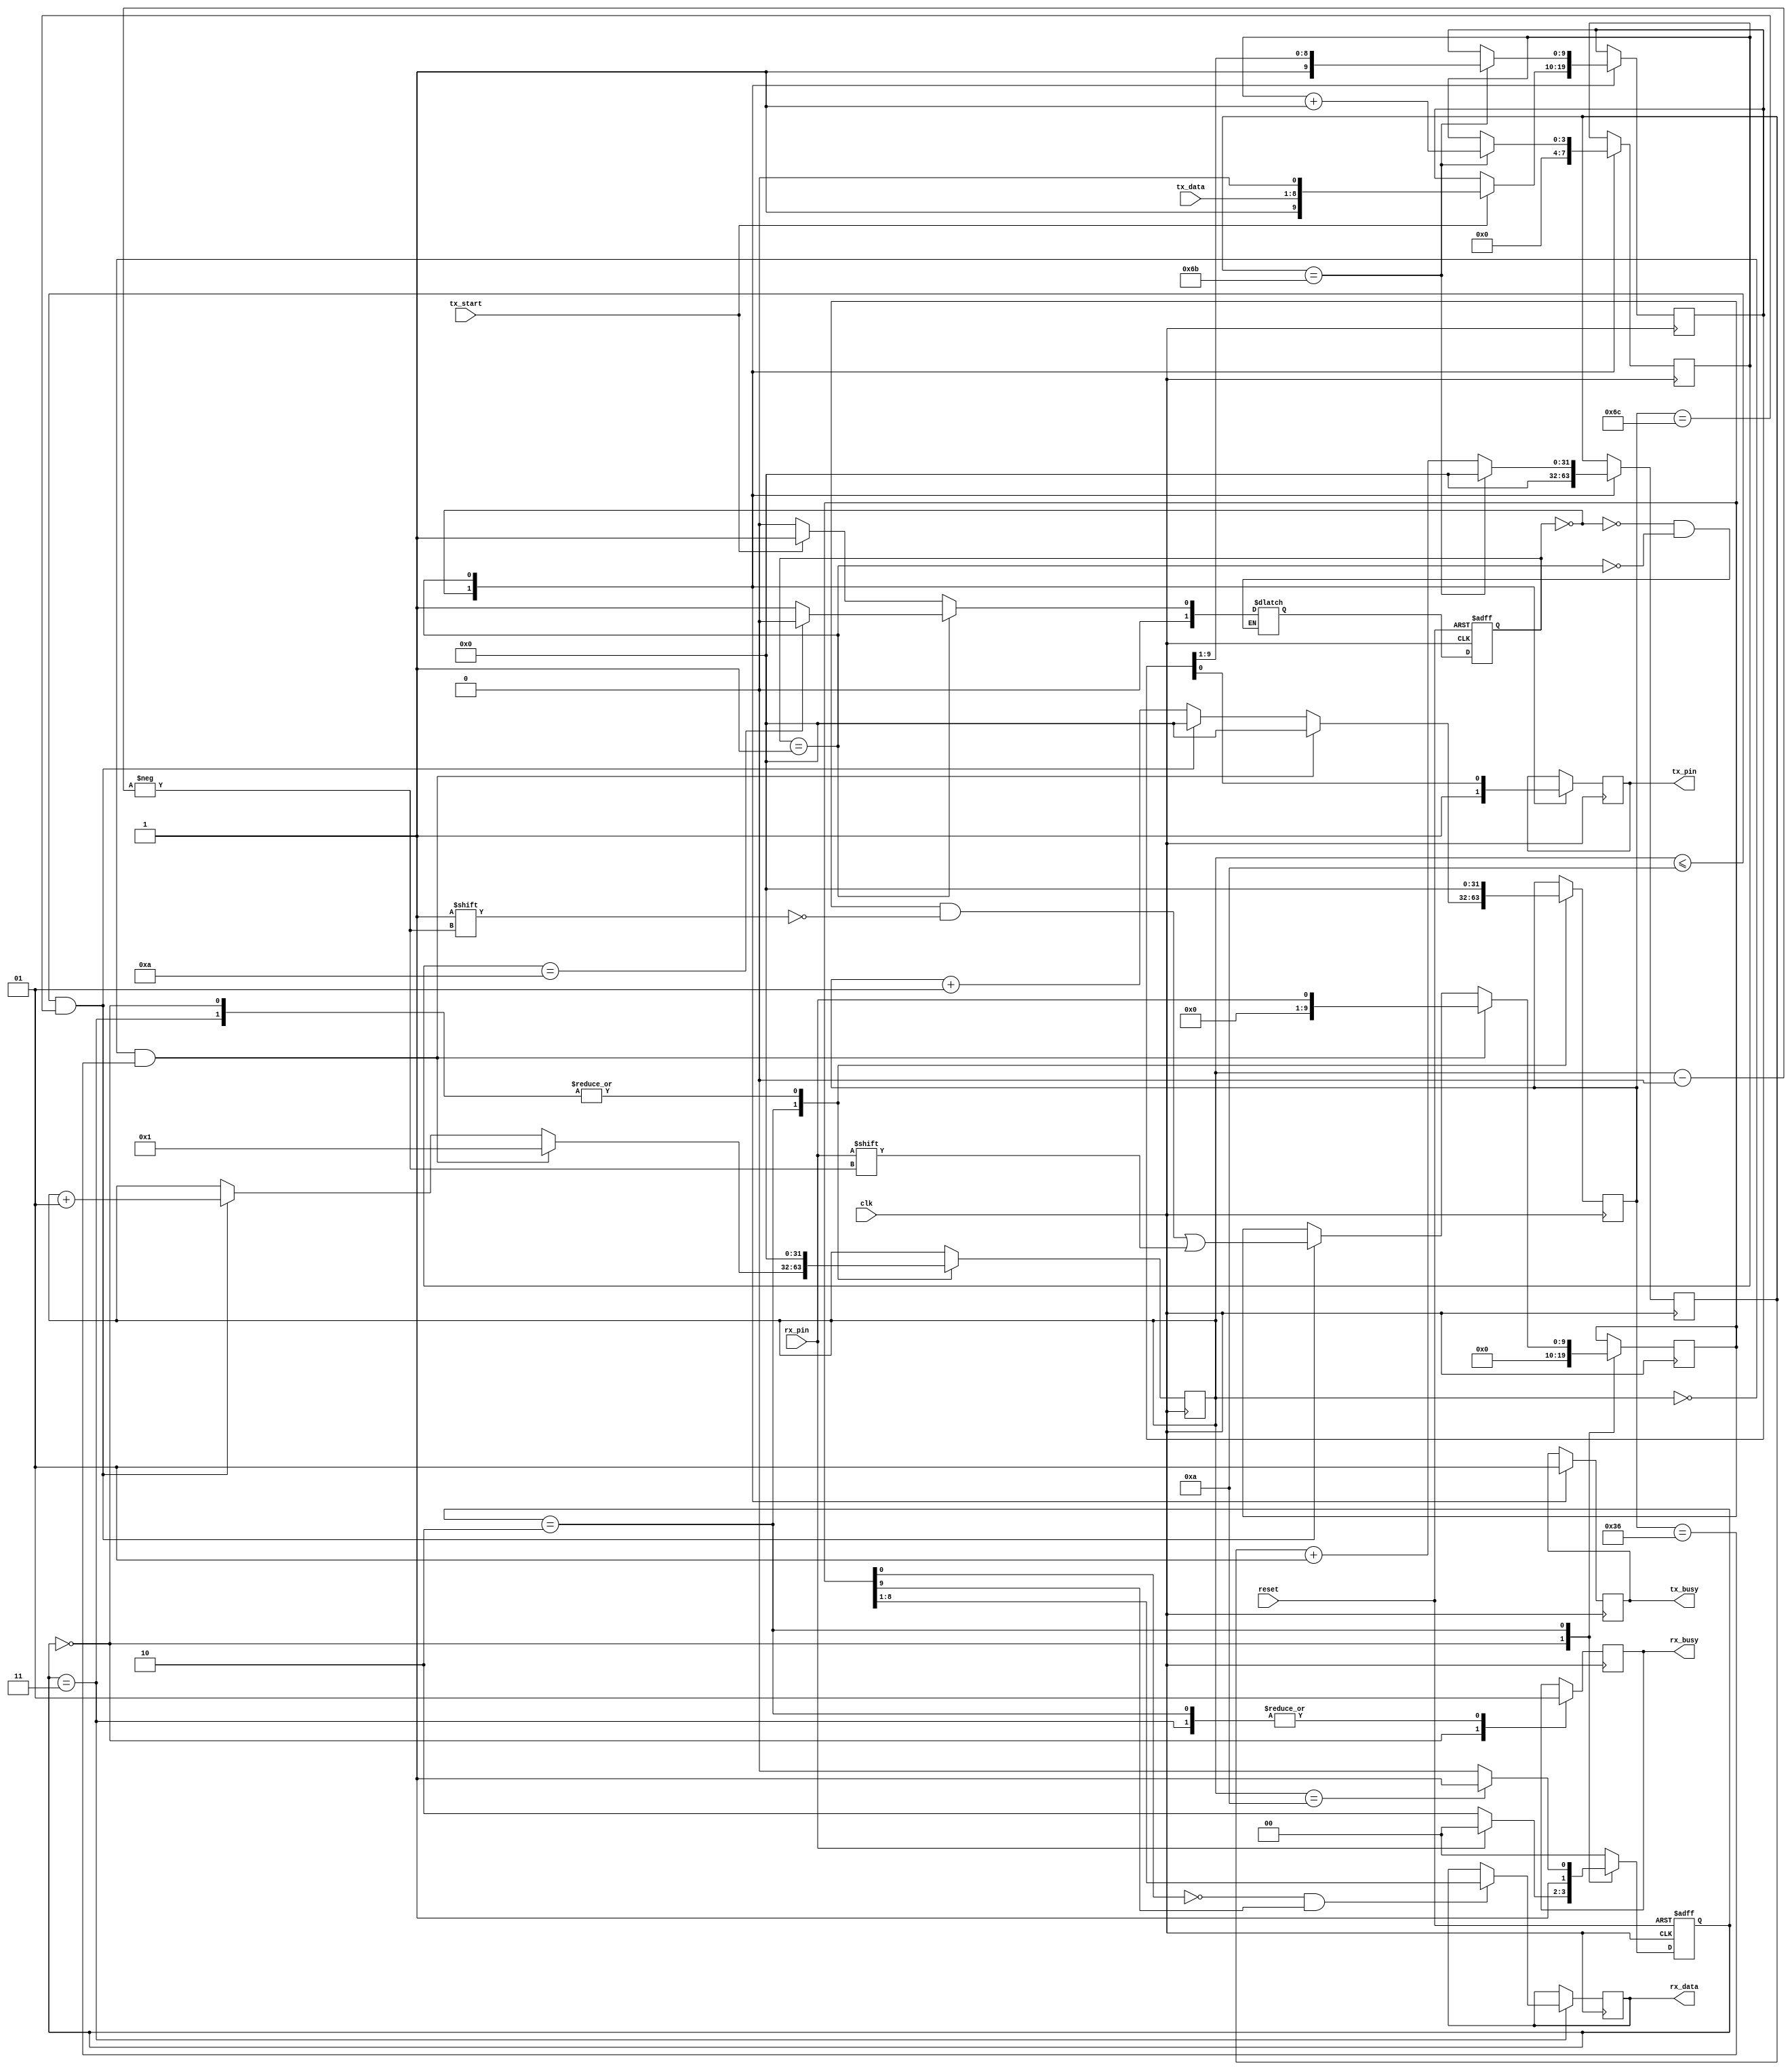
///////////////////////////////////////////////////////////////////////////////////////////////////
//
/////////////////////////////////////////////////////////////////////////////////////////////////// 

//`timescale <time_units> / <precision>


module uart2 #(parameter PARITY = 0, parameter STOP_BITS = 1, parameter DATA_LENGTH = 8, BAUD_RATE = 460800, CLOCK_SPEED = 50000000)
            (   input clk, 
					input reset, 
					input rx_pin, 
					input tx_start, 
					input [7:0] tx_data,
               output tx_pin, 
					output tx_busy , 
					output reg [7:0] rx_data, 
					output reg rx_busy);
					
	//shared varibles
	parameter HALF_PERIOD = CLOCK_SPEED/BAUD_RATE/2;						
	parameter FULL_PERIOD = 2*HALF_PERIOD;
	parameter PACKET_SIZE = (PARITY + STOP_BITS + DATA_LENGTH + 1); 	//FIXME, check this packet size, +1 for start bit?
																							//parity not currently supported
	
////////////////////////////////////////////////////////////////
/////////////TX section/////////////////////////////////////////
////////////////////////////////////////////////////////////////

	//tx variables
	reg [1:0]current_state, next_state;
	parameter   idle = 2'b00,
				 tx_mode = 2'b01;
	reg [(PACKET_SIZE-1):0]tx_data_buffer;
	reg tx_pin_buffer;
	reg tx_busy_buffer;
	reg [3:0]tx_shift_counter;
	integer uart_clk;
	 
	//tx process state memory
	always @ (posedge clk or negedge reset) begin: tx_state_memory
	  if (!reset)
			current_state <= idle;
	  else
			current_state <= next_state;
	end

	//tx process next state logic
	//always @ (current_state or tx_start or clk or tx_shift_counter) begin:tx_next_state_logic
	always @ (current_state or tx_start or clk or tx_shift_counter) begin:tx_next_state_logic
	  case(current_state)
			idle:   
				 if(tx_start == 1'b1) 
					  next_state = tx_mode;
				 else
					  next_state = idle;
			tx_mode:
				 if(tx_shift_counter == (PACKET_SIZE))
					  next_state = idle;
				 else
					  next_state = tx_mode;
	  endcase
	end

	//tx process output logic
	always @ (posedge clk) begin: tx_output_logic
		case(current_state)
			idle: begin
					tx_busy_buffer = 1'b0;
					tx_pin_buffer = 1'b1;
					tx_shift_counter = 0;
					uart_clk = 0;
					if(tx_start == 1'b1)
						tx_data_buffer = { 1'b1, tx_data, 1'b0};    //data is LSB first, {stop bit, data, start bit}
				end
			tx_mode: begin
					tx_busy_buffer = 1'b1;
					tx_pin_buffer = tx_data_buffer[0];
					if (uart_clk == FULL_PERIOD - 1) 
						begin
							tx_data_buffer = {1'b1, tx_data_buffer[9:1]};
							tx_shift_counter = tx_shift_counter + 1;
							uart_clk = 0;
						end
					else
						uart_clk = uart_clk + 1;
				end
		endcase
	end

	assign tx_pin = tx_pin_buffer;
	assign tx_busy = tx_busy_buffer;
		
////////////////////////////////////////////////////////////////
/////////////RX section/////////////////////////////////////////
////////////////////////////////////////////////////////////////

	//rx variables
	reg [1:0] rx_current_state, rx_next_state;
	parameter   rx_idle = 2'b00,
				 rx_mode = 2'b10,
				 rx_end = 2'b11;
	reg [9:0]rx_data_buffer;
	integer rx_shift_counter;
	integer rx_clk_counter;
	
	//rx process state memory
	always @ (posedge clk or negedge reset) begin: rx_state_memory
	  if (!reset)
			rx_current_state <= rx_idle;
	  else
			rx_current_state <= rx_next_state;
	end	

	//rx process next state logic
	always @ (rx_current_state or rx_pin or rx_shift_counter or clk or rx_clk_counter) begin:rx_next_state_logic
	//always @ * begin:rx_next_state_logic
		case(rx_current_state)
			rx_idle: begin
				if(rx_pin == 1'b0) 
					rx_next_state <= rx_mode;
				else
					rx_next_state <= rx_idle;
			end
			rx_mode: begin
				if (rx_shift_counter == PACKET_SIZE)
					rx_next_state <= rx_end;
				else
					rx_next_state <= rx_mode;
			end
			rx_end: begin
				rx_next_state <= rx_idle;
			end
			default: begin
				rx_next_state <= rx_idle;
			end
		endcase
	end
	
	//rx process output logic
	//always @ (clk) begin : rx_output_logic
	//always @(clk or rx_pin or rx_current_state or rx_data_buffer) begin : rx_output_logic
	always @(posedge clk) begin : rx_output_logic
		case(rx_current_state)
			idle: begin
				rx_shift_counter <= 0;
				rx_clk_counter <= 0;
				rx_data_buffer <= 10'b0000000000;
				rx_busy <= 1'b0;
			end
			rx_mode: begin
				rx_busy <= 1'b1;
				rx_clk_counter <= rx_clk_counter + 1;
				if((rx_shift_counter == 0) && (rx_clk_counter == HALF_PERIOD)) begin
					rx_data_buffer <= {9'b000000000, rx_pin};
					rx_clk_counter <= 0;
					rx_shift_counter <= 1;
				end else if((rx_shift_counter <= PACKET_SIZE) && (rx_clk_counter == FULL_PERIOD)) begin
					rx_data_buffer[rx_shift_counter] <= rx_pin;
					rx_shift_counter <= rx_shift_counter + 1;
					rx_clk_counter <= 0;
				end else begin
					rx_data_buffer <= rx_data_buffer;
					rx_shift_counter <= rx_shift_counter;
				end
			end
			rx_end: begin
				rx_busy <= 1'b1;
				rx_shift_counter <= 0;
				rx_clk_counter <= 0;
				if((rx_data_buffer[0] == 1'b0) && (rx_data_buffer[9] == 1'b1))
					rx_data <= rx_data_buffer[8:1];
			end
		endcase
	end

	
	
    
endmodule